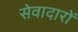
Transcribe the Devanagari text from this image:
सेवादारों